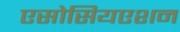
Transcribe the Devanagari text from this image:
एसोसियएशन